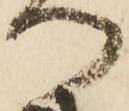
つ